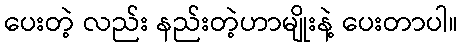
ပေးတဲ့ လည်း နည်းတဲ့ဟာမျိုးနဲ့ ပေးတာပါ။